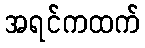
အရင်ကထက်